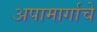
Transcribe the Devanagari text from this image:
अपामार्गाचे